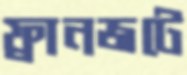
ফ্রানজটে